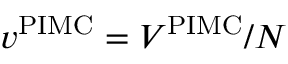
v ^ { \mathrm { P I M C } } = V ^ { \mathrm { P I M C } } / N